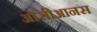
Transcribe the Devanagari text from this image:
ओसीआनस